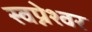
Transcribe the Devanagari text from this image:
स्वप्नेश्वर